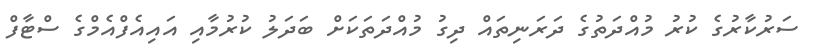
ސަރުކާރުގެ ކުރު މުއްދަތުގެ ދަރަނިތައް ދިގު މުއްދަތަކަށް ބަދަލު ކުރުމާއި އައިއެފްއެމްގެ ސްޓާފް